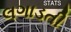
લગાડતી